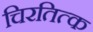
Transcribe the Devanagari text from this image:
चिरतित्क